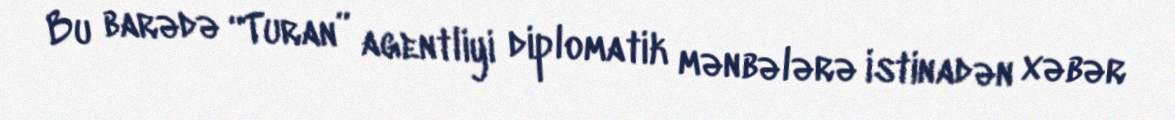
Bu barədə “Turan” agentliyi diplomatik mənbələrə istinadən xəbər